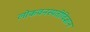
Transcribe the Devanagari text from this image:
लोकवनस्पतीविज्ञान